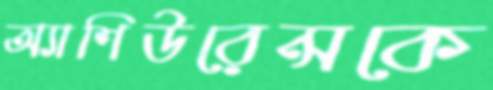
অ্যাশিউরেন্সকে